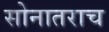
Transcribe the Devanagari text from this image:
सोनातराच